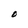
Character: O